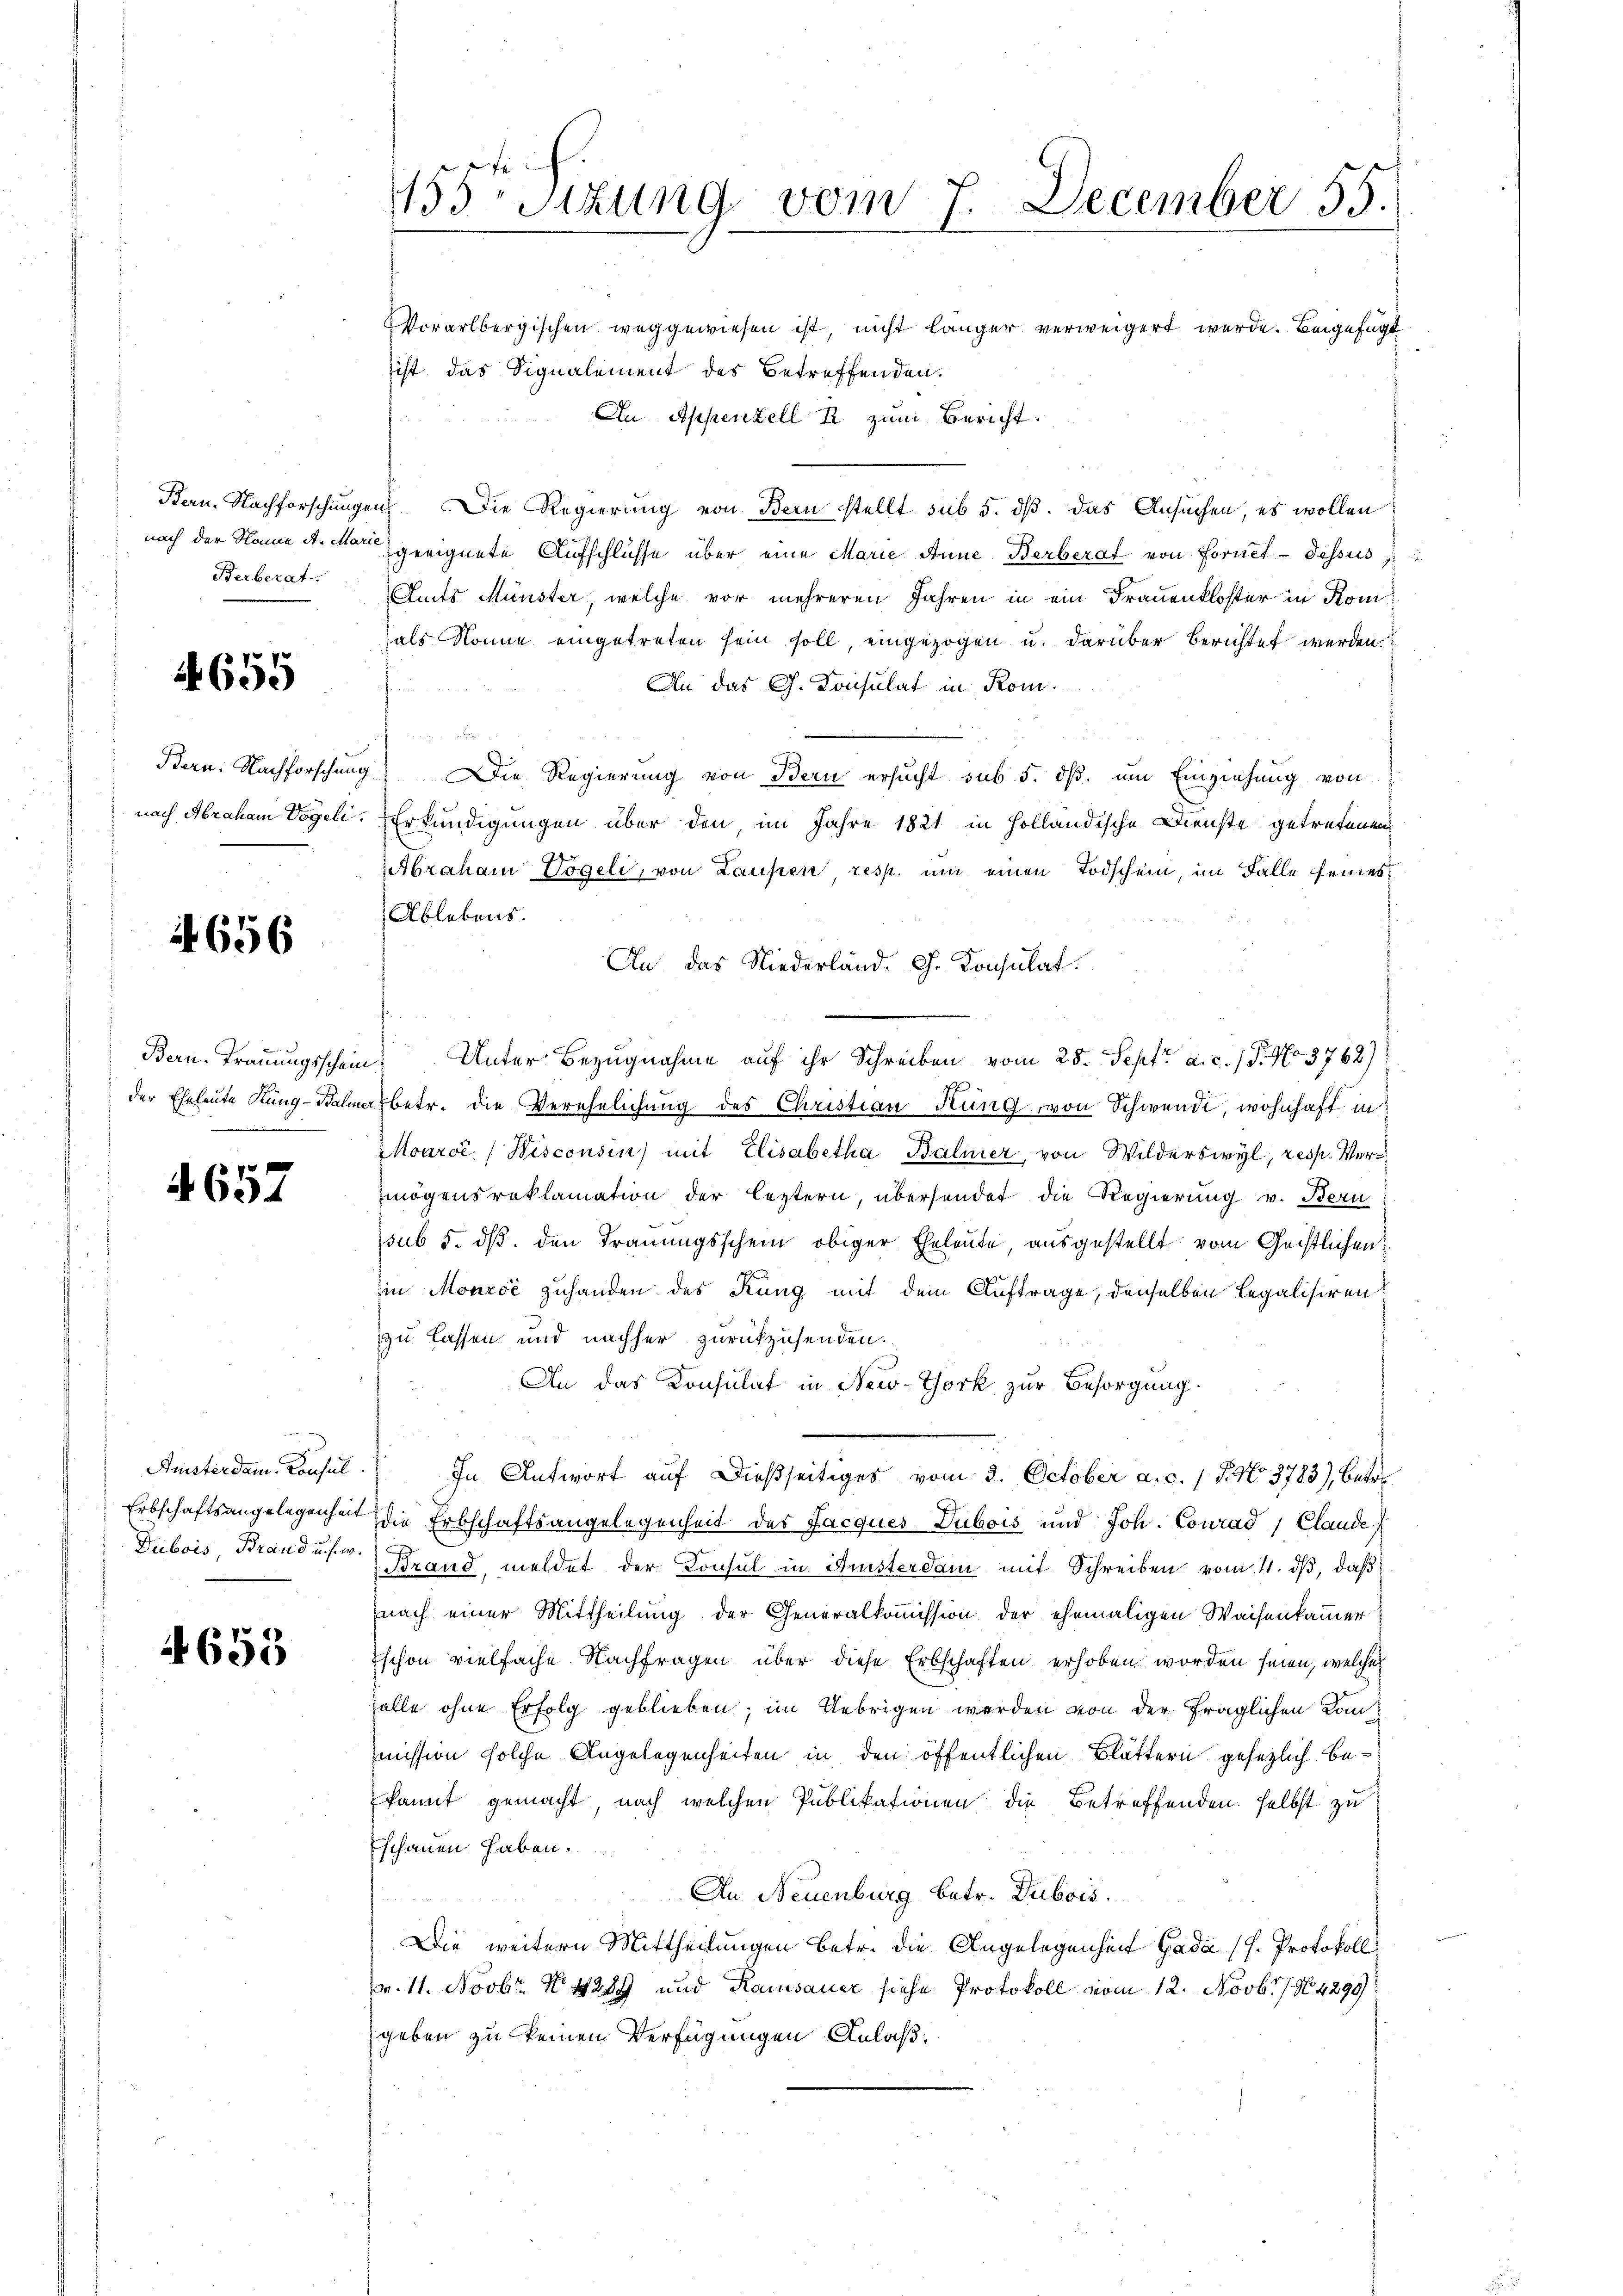
Berberat

4655

Bern: Nachforschung
nach Abraham Vogeli

4656

Bern. Trauungsschein
der Eheleute Küng-Balm

4657

Fristerdam. Consul
Erbschaftsangelegenheit
Dubois, Brand u. s. w.

4653

155Stzung vom 7. December 55.

Vorarlbergischen weggewiesen ist, nicht länger verweigert werde. Beigefügt
sist das Signalement des Betreffenden.
An Appenzell R. zum Bericht.
Bern. Nachforschungen. Die Regierung von Bern stellt sub 5. dß das Ansuchen, es wollen
nach der Name A. Man geeignete Aufschlüsse über eine Marie Anne Berberat von Fornet - dessus
Amts Münster, welche vor mehreren Jahren in ein Frauenkloster in Komhals könne eingetreten sein soll, eingezogen u. darüber berichtet werden
An das G. Konsulat in Rom.
u
g) Die Regierung von Bern ersucht sub 5. dβ. um Einziehung von
Erkundigungen über den im Jahre 1821 in Holländische Dienste getretenen
Abraham Vogeli, von Laupen resp. um einen Todschein, im Falle seines
Ablebens.
An das Niederland. G. Konsulat.
 Unter Bezugnahme auf ihr Schreiben vom 25. Sept. a. c. (T. No. 3762)
7
tbetr. die Verehelichung des Christian Krung von Schwende, wohnhaft in
Mouroć (Wisconsin) mit Elisabetha Balmer, von Wilderswyl, resp. Vermögensroklamation der leztern, übersendet die Regierung v. Bern
ssub 5. dß. den Trauungsschein obiger Eheleute, ausgestellt vom Geistlichen
in Monzić zuhanden des Kung mit dem Auftrage, denselben legalisiren
zu lassen und nachher zurückzusenden.
An das Konsulat in New-York zur Besorgung.
In Antwort auf dießseitiges vom 3. October a. c. 1 S. No. 3783), betre
die Erbschaftsangelegenheit des Jacques Dubois und Joh. Conrad, Claude
 Brand, meldet der Konsul in Anisterdam mit Schreiben vom 4. dβ, daß
nach einer Mittheilung der Generalkommission der ehemaligen Waisenkammer
schon vielfache Nachfragen über diese Erbschaften erhoben worden seien, welcher
falle ohne Erfolg geblieben; im Uebrigen werden von der fraglichen Kanmission solche Angelegenheiten in den öffentlichen Blättern gesezlich bekannt gemacht, nach welchen Publikationen die Betreffenden selbst zu
schauen haben.
An Neuenburg betr. Dubois.
Die weitern Mittheilungen betr. die Angelegenheit Gada (H. Protokoll
pr. 11. Novbr. N. 4289 und Ramsauer siehe Protokoll vom 12. Novbr. 104299
geben zu keinem Verfügungen Anlaß